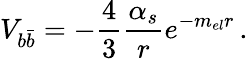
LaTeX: {V_{b\bar{b}}}=-{\frac{4}{3}}{\frac{\alpha_{s}}{r}}e^{-m_{el}r}\, .